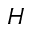
H